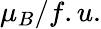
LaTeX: \mu_{B}/f.u.